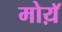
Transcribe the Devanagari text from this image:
मोय़ॅ